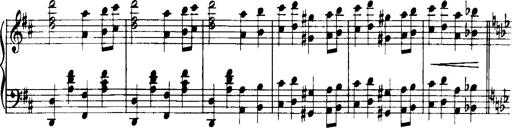
Title: Historische ungarische Bildnisse
Composer: Franz Liszt